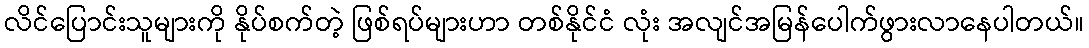
လိင်ပြောင်းသူများကို နိုပ်စက်တဲ့ ဖြစ်ရပ်များဟာ တစ်နိုင်ငံ လုံး အလျင်အမြန်ပေါက်ဖွားလာနေပါတယ်။